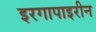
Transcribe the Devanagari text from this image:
इरगापाइरीन